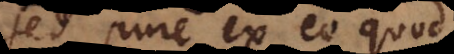
sed pure ex eo quod